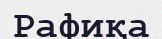
Рафиқа